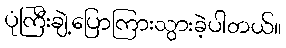
ပုံကြီးချဲ့ပြောကြားသွားခဲ့ပါတယ်။